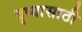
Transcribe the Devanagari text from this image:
दृष्यासाठी